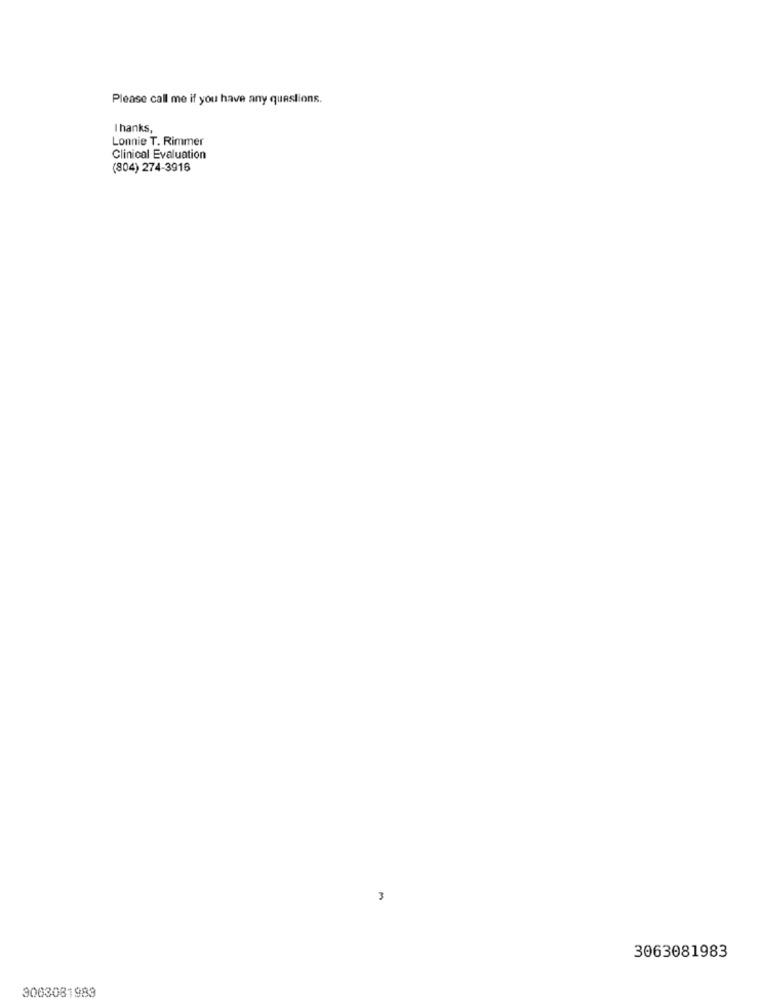
Please call me if you have any questions.
Thanks,
Lonnie T. Rimmer
Clinical Evaluation
(804) 274-3916
3
3063081983
3003081983